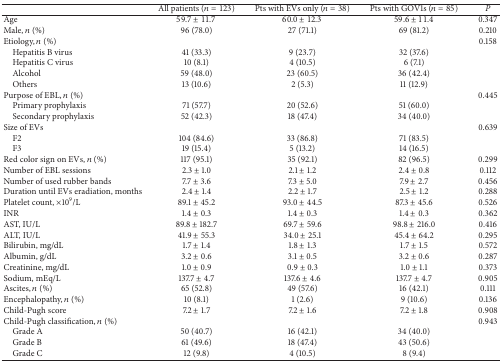
<table><thead><tr><td><b> </b></td><td><b>All patients (<i>n</i> = 123)</b></td><td><b>Pts with EVs only (<i>n</i> = 38)</b></td><td><b>Pts with GOV1s (<i>n</i> = 85)</b></td><td><b><i>P</i></b></td></tr></thead><tbody><tr><td>Age</td><td>59.7 ± 11.7</td><td>60.0 ± 12.3</td><td>59.6 ± 11.4</td><td>0.347</td></tr><tr><td>Male, <i>n</i> (%)</td><td>96 (78.0)</td><td>27 (71.1)</td><td>69 (81.2)</td><td>0.210</td></tr><tr><td>Etiology, <i>n</i> (%)</td><td> </td><td> </td><td> </td><td>0.158</td></tr><tr><td> Hepatitis B virus</td><td>41 (33.3)</td><td>9 (23.7)</td><td>32 (37.6)</td><td> </td></tr><tr><td> Hepatitis C virus</td><td>10 (8.1)</td><td>4 (10.5)</td><td>6 (7.1)</td><td> </td></tr><tr><td> Alcohol</td><td>59 (48.0)</td><td>23 (60.5)</td><td>36 (42.4)</td><td> </td></tr><tr><td> Others</td><td>13 (10.6)</td><td>2 (5.3)</td><td>11 (12.9)</td><td> </td></tr><tr><td>Purpose of EBL, <i>n</i> (%)</td><td> </td><td> </td><td> </td><td>0.445</td></tr><tr><td> Primary prophylaxis</td><td>71 (57.7)</td><td>20 (52.6)</td><td>51 (60.0)</td><td> </td></tr><tr><td> Secondary prophylaxis</td><td>52 (42.3)</td><td>18 (47.4)</td><td>34 (40.0)</td><td> </td></tr><tr><td>Size of EVs</td><td> </td><td> </td><td> </td><td>0.639</td></tr><tr><td> F2</td><td>104 (84.6)</td><td>33 (86.8)</td><td>71 (83.5)</td><td> </td></tr><tr><td> F3</td><td>19 (15.4)</td><td>5 (13.2)</td><td>14 (16.5)</td><td> </td></tr><tr><td>Red color sign on EVs, <i>n</i> (%)</td><td>117 (95.1)</td><td>35 (92.1)</td><td>82 (96.5)</td><td>0.299</td></tr><tr><td>Number of EBL sessions</td><td>2.3 ± 1.0</td><td>2.1 ± 1.2</td><td>2.4 ± 0.8</td><td>0.112</td></tr><tr><td>Number of used rubber bands</td><td>7.7 ± 3.6</td><td>7.3 ± 5.0</td><td>7.9 ± 2.7</td><td>0.456</td></tr><tr><td>Duration until EVs eradiation, months</td><td>2.4 ± 1.4</td><td>2.2 ± 1.7</td><td>2.5 ± 1.2</td><td>0.288</td></tr><tr><td>Platelet count, ×10<sup>9</sup>/L</td><td>89.1 ± 45.2</td><td>93.0 ± 44.5</td><td>87.3 ± 45.6</td><td>0.526</td></tr><tr><td>INR</td><td>1.4 ± 0.3</td><td>1.4 ± 0.3</td><td>1.4 ± 0.3</td><td>0.362</td></tr><tr><td>AST, IU/L</td><td>89.8 ± 182.7</td><td>69.7 ± 59.6</td><td>98.8 ± 216.0</td><td>0.416</td></tr><tr><td>ALT, IU/L</td><td>41.9 ± 55.3</td><td>34.0 ± 25.1</td><td>45.4 ± 64.2</td><td>0.295</td></tr><tr><td>Bilirubin, mg/dL</td><td>1.7 ± 1.4</td><td>1.8 ± 1.3</td><td>1.7 ± 1.5</td><td>0.572</td></tr><tr><td>Albumin, g/dL</td><td>3.2 ± 0.6</td><td>3.1 ± 0.5</td><td>3.2 ± 0.6</td><td>0.287</td></tr><tr><td>Creatinine, mg/dL</td><td>1.0 ± 0.9</td><td>0.9 ± 0.3</td><td>1.0 ± 1.1</td><td>0.373</td></tr><tr><td>Sodium, mEq/L</td><td>137.7 ± 4.7</td><td>137.6 ± 4.6</td><td>137.7 ± 4.7</td><td>0.905</td></tr><tr><td>Ascites, <i>n</i> (%)</td><td>65 (52.8)</td><td>49 (57.6)</td><td>16 (42.1)</td><td>0.111</td></tr><tr><td>Encephalopathy, <i>n</i> (%)</td><td>10 (8.1)</td><td>1 (2.6)</td><td>9 (10.6)</td><td>0.136</td></tr><tr><td>Child-Pugh score</td><td>7.2 ± 1.7</td><td>7.2 ± 1.6</td><td>7.2 ± 1.8</td><td>0.908</td></tr><tr><td>Child-Pugh classification, <i>n</i> (%)</td><td> </td><td> </td><td> </td><td>0.943</td></tr><tr><td> Grade A</td><td>50 (40.7)</td><td>16 (42.1)</td><td>34 (40.0)</td><td> </td></tr><tr><td> Grade B</td><td>61 (49.6)</td><td>18 (47.4)</td><td>43 (50.6)</td><td> </td></tr><tr><td> Grade C</td><td>12 (9.8)</td><td>4 (10.5)</td><td>8 (9.4)</td><td> </td></tr></tbody></table>